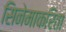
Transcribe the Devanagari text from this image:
सिनेमाकरिता